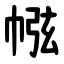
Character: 㡉